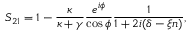
S _ { 2 1 } = 1 - \frac { \kappa } { \kappa + \gamma } \frac { e ^ { i \phi } } { \cos { \phi } } \frac { 1 } { 1 + 2 i ( \delta - \xi n ) } ,